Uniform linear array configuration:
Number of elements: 8
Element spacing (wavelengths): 0.5
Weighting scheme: blackman
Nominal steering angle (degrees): -15
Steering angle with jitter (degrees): -15.782
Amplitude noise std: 0.05
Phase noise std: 0.05

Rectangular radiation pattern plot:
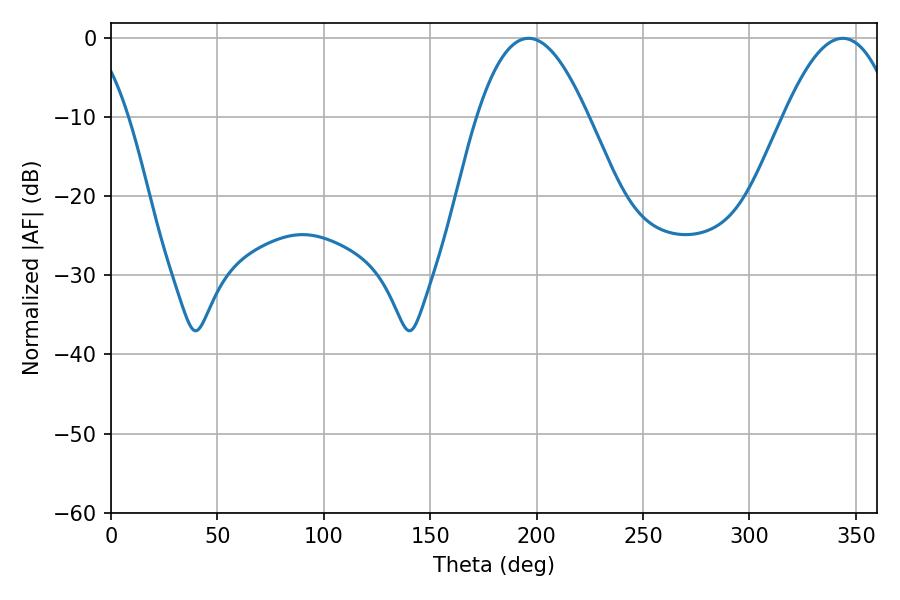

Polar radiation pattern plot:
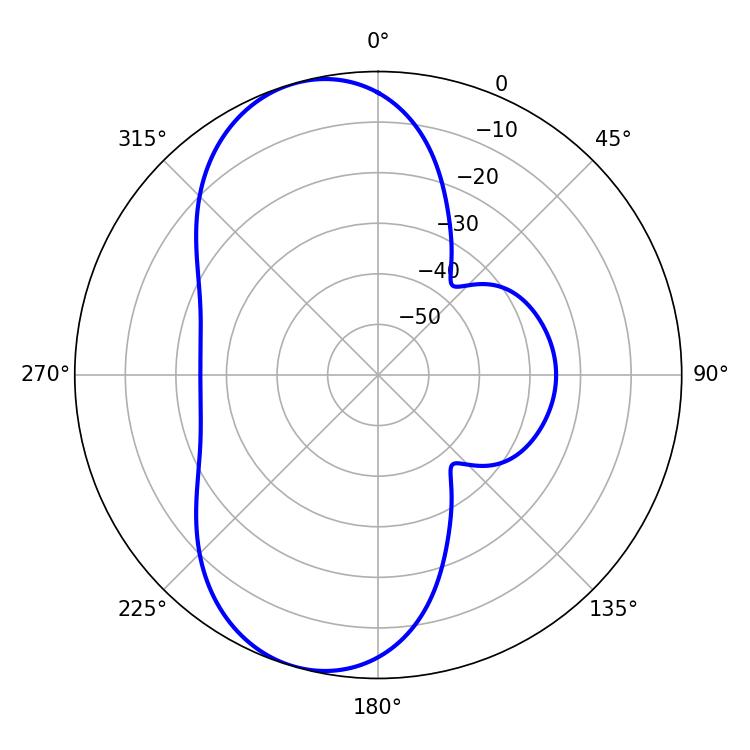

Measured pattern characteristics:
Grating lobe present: FALSE
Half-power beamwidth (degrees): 28.44
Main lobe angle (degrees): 196.2